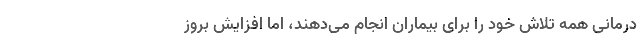
درمانی همه تلاش خود را برای بیماران انجام می‌دهند، اما افزایش بروز